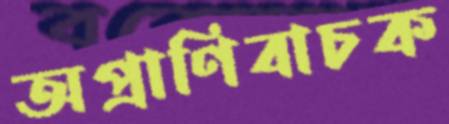
অপ্রাণিবাচক